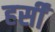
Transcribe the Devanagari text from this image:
हर्सीं